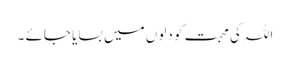
اللہ کی محبت کو دلوں میں بسایا جائے ۔